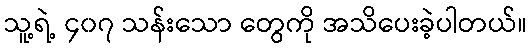
သူ့ရဲ့ ၄၀၇ သန်းသော တွေကို အသိပေးခဲ့ပါတယ်။